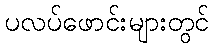
ပလပ်ဖောင်းများတွင်